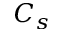
C _ { s }